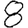
Digit: 8